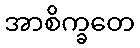
အာစိက္ခတေ